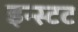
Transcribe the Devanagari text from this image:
इन्स्टट